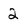
Character: 2